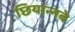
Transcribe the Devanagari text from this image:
छियान्नबे